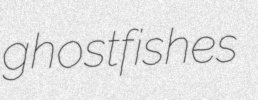
ghostfishes